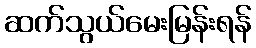
ဆက်သွယ်မေးမြန်းရန်